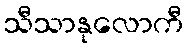
သီသာနုလောကီ